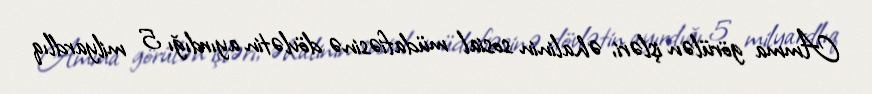
Amma görülən işləri, əhalinin sosial müdafiəsinə dövlətin ayırdığı 5 milyardlıq